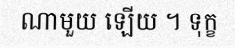
ណាមួយ ឡើយ ។ ទុក្ខ